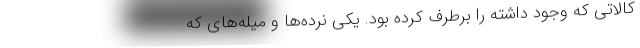
کالاتی که وجود داشته را برطرف کرده بود. یکی نرده‌ها و میله‌های که